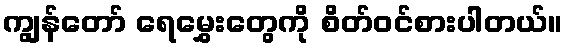
ကျွန်တော် ရေမွှေးတွေကို စိတ်ဝင်စားပါတယ်။